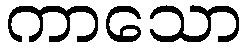
ကာသော